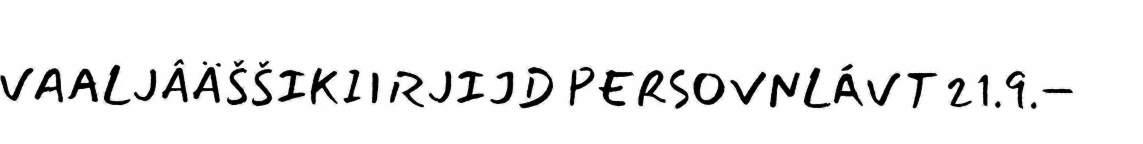
VAALJÂÄŠŠIKIIRJIJD PERSOVNLÁVT 21.9.–